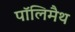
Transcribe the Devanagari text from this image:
पॉलिमैथ